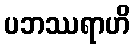
ပဘဿရာဟိ